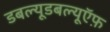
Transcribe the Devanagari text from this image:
डबल्यूडबल्यूऍफ़